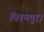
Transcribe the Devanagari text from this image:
विरमपुरा